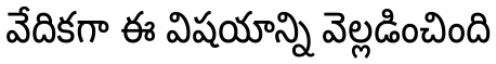
వేదికగా ఈ విషయాన్ని వెల్లడించింది